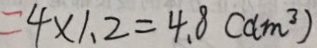
= 4 \times 1 . 2 = 4 . 8 ( d m ^ { 3 } )